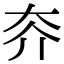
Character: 𡗦